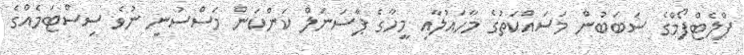
ޕްލެޓްފޯމްގެ ސަބަބުން މަސައްކަތުގެ މާހައުލާއި މީހާގެ ޕާސަނަލް ކަންކަން މަސްސުނި ނުވެ ސިސްޓަމެއްގެ